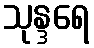
သုန္ဒရေ